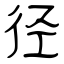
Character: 径